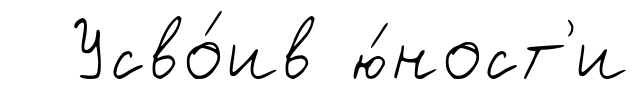
Усво́ив ю́ност'и